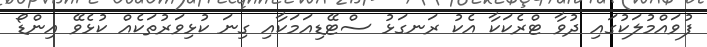
ފުވައްމުލަކުގައި ދުވާ ޓްރެކަކާ އެކު ރަނގަޅު ސްޓޭޑިއަމަކާއި ގިނަ ކުޅިވަރުތަކެއް ކުޅެވޭ އިންޑޯ